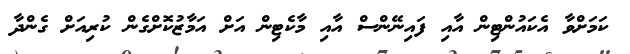
ކަމަށްވާ އެކައުންޓިން އާއި ފައިނޭންސް އާއި މާކެޓިން އަށް އަމާޒުކޮށްގެން ކުރިއަށް ގެންދާ